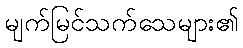
မျက်မြင်သက်သေများ၏